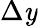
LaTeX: \Delta\mathit{y}